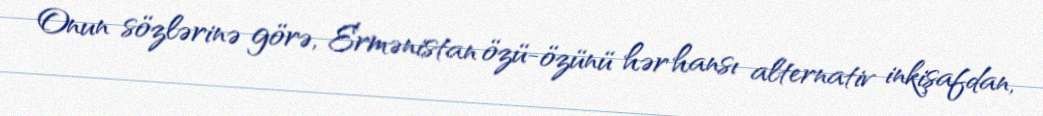
Onun sözlərinə görə, Ermənistan özü-özünü hər hansı alternativ inkişafdan,